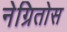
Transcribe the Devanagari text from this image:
नेग्रितोस